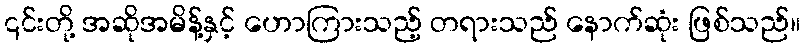
၎င်းတို့ အဆိုအမိန့်နှင့် ဟောကြားသည့် တရားသည် နောက်ဆုံး ဖြစ်သည်။